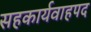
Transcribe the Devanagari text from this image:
सहकार्यवाहपद